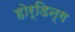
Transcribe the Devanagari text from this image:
होर्डिन्ग